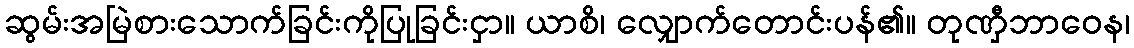
ဆွမ်းအမြဲစားသောက်ခြင်းကိုပြုခြင်းငှာ။ ယာစိ၊ လျှောက်တောင်းပန်၏။ တုဏှီဘာဝေန၊